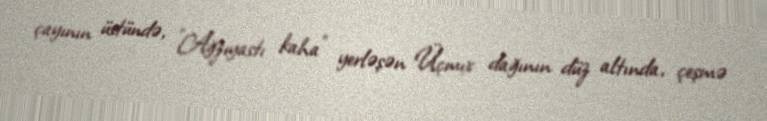
çayının üstündə, "Ağzıyastı kaha" yerləşən Üçmıx dağının düz altında, çeşmə